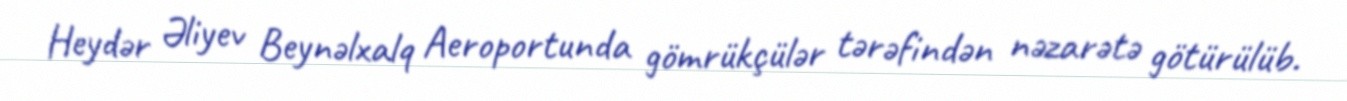
Heydər Əliyev Beynəlxalq Aeroportunda gömrükçülər tərəfindən nəzarətə götürülüb.